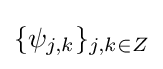
\{\psi _{j,k}\}_{j,k\in Z}